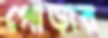
পোড়ার